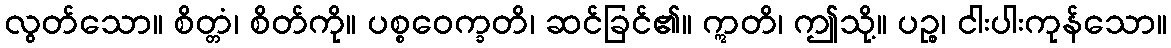
လွတ်သော။ စိတ္တံ၊ စိတ်ကို။ ပစ္စဝေက္ခတိ၊ ဆင်ခြင်၏။ ဣတိ၊ ဤသို့။ ပဉ္စ၊ ငါးပါးကုန်သော။